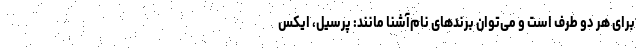
برای هر دو طرف است و می‌توان برندهای نام‌آشنا مانند: پرسیل، ایکس‌